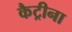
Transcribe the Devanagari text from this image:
कैट्रीना